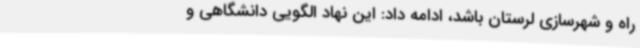
راه و شهرسازی لرستان باشد، ادامه داد: این نهاد الگویی دانشگاهی و